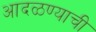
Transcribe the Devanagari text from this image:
आदळण्याची